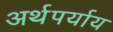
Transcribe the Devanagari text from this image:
अर्थपर्याय